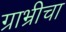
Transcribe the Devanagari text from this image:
ग्राभ्रीचा